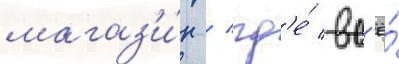
магаз'и́н / гд'е́ вс'ё́